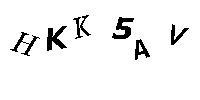
HKK5AV